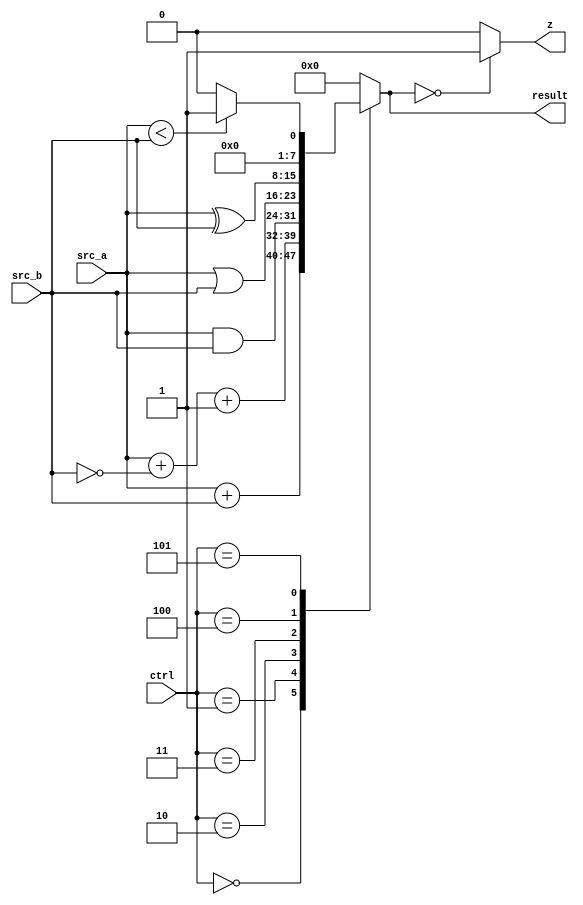
module ALU
(
  input [7:0] src_a, src_b, 
  input [2:0] ctrl,
  output reg [7:0] result, 
  output reg z
);

	always@*
	begin
		case(ctrl)
			3'b000 : result = src_a + src_b;
			3'b001 : result = src_a + ~src_b + 1;
			3'b010 : result = src_a & src_b;
			3'b011 : result = src_a  | src_b;
			3'b100 : result = src_a^src_b;
			3'b101 : result = (src_a < src_b) ? 1 : 0;
			default:
				result = 3'b0;
		endcase
		z = (result == 8'b0) ? 1 : 0;
	end
endmodule